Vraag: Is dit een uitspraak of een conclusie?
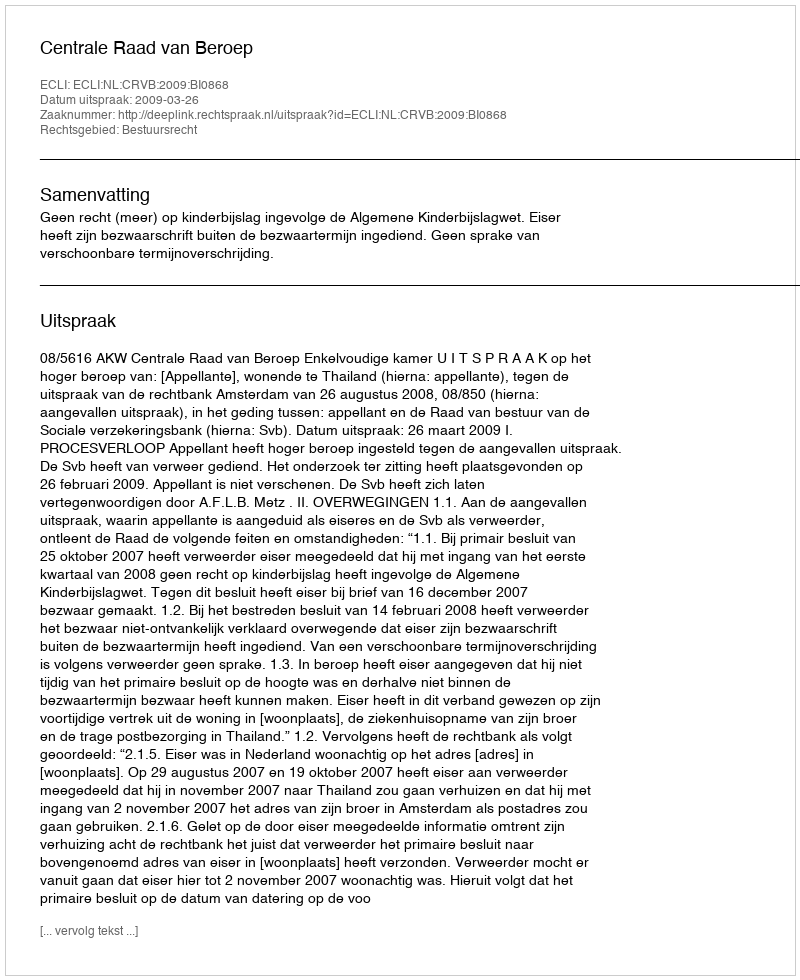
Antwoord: Uitspraak